Annual report on the working of the mental hospitals in the Madras Presidency - 1912-1932
Year: 1912
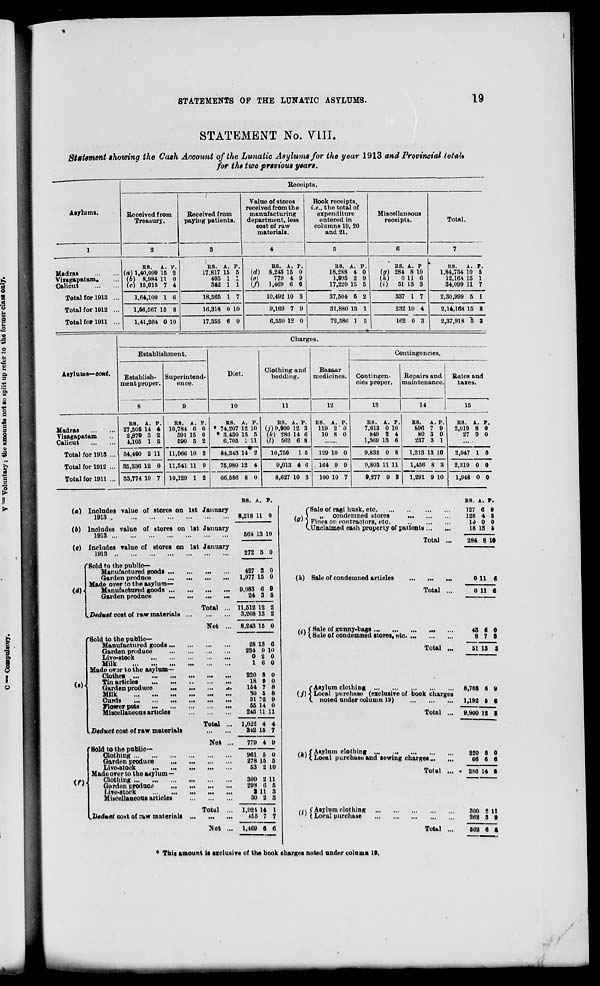
STATEMENTS OP THE LUNATIC ASYLUMS.
19
STATEMENT No. 7111.
Statement showing the Cash Account of the Lunatic Asylums for the year 1913 and Provincial iota 1 , *
for the two previous years.
Receipts.
Asylums.
Received from
Treasury.
Received from
paying patients.
Value of stores
received from the
manufacturing
department, less
cost of raw
materials.
4
Book receipts,
i.e., the total of
expenditure
entered in
columns 19, 20
and 21.
Miscellaneous
receipts.
Total.
1
2
3
5
6
7
Madras
Viiagapatam.
Calicut
H8. A. V.
(a) 1,40,099 15 2
(6) 8,984 11 0
(c) 15,015 7 4
RS. A. P.
17,817 15 5
405 1 1
342 1 1
RS. A. P.
(rf) 8,243 15 0
(o)
779 4 9
(/) 1,469 6 6
R8. A. P.
18,288 4 0
1,995 2 9
17,220 15 5
RS. A. P
(g) 284 8 10
(h)
0 11 6
(i)
51 18 3
its. A. r.
1,84,734 10 5
12,164 15 1
34,099 11 7
Total for 1918 ...
1,64,100 1 6
18,565 1 7
10,492 10 3
37,504 6 2
337 I 7
2,30,999 5 1
Total for 1912 ...
1,56,567 15 8
16,318 0 10
9,169 7 9
31,880 13 1
232 10 4
2,14,168 15 8
Total for 1911 ...
1,41,264 0 10
17,355 6 9
6,550 12 0
72,586 1 5
162 0 3
2,37,918 5 3
Charges.
Establishment.
Diet.
Clothing and
bedding.
Bazaar
medicines.
Contingencies.
Asylums— eont.
Establish-
ment proper.
Superintend-
ence.
Contingen-
cies proper.
Repairs and
maintenance.
Rates and
taxes.
9
10
11
12
13
14
15
Madras
Vizagapatam
Calicut
R8. A. P.
27,505 14 4
2,879 3 2
4,105 1 5
RS. A. P.
10,784 6 0
591 15 0
590 5 2
R8. A. P.
♦ 74,207 12 10
• 8,430 15 5
6,705 1 11
U) 9,900 12 3
(k) 286 14 6
(2) 562 6 8
RS. A. P.
119 2 0
10 8 0
R8. A. P.
7,613 0 10
849 2 4
1,369 13 6
RS. A. P.
896 7 9
80 3 0
237 8 1
RS. A. r.
2,019 8 0
27 9 0
Total for 1913 ... 34,490 2 11 11,966 10 2
84,343 14 2
10,750 1 5
129 10 0
9,832 0 8
1,213 13 10
2,047 1 0
Total for 1912 ... 35,336 12 0 11,341 11 9
75,980 12 4
9,013 4 6
104 0 9
9,803 11 11
1,456 8 8
2,319 0 0
Total for 1911 ... 33,774 10 7 10,129 1 2
66,586 8 0
8,627 10 3
100 10 7
9,277 9 3
1,291 9 10
1,948 0 0
RS. A. P.
(a) Includes value of storos on 1st January
1913
...
...
... 8,218 11 0
(6) Includes value of stores on 1st January
1913
Includes value of stores on 1st January
564 13 10
(e)
1913
...
...
...
272 8 0
'Sold to the public-
Manufactured good! ...
...
427 5 0
Garden produce
...
...
...
1,977 15 0
Made over to the asylum-
id) I
Manufactured goods ...
...
...
...
9,083 6 9
Garden produce
...
^Deduct cost of raw materials
Total
24 3 6
i
11,512 12 2
i
Net
3,268 13 2
8,243 15 0
r Sold to the public-
Manufactured goods...
28 13 6
Garden produce
234 9 10
Live-stock
0 2 0
Milk
...
10 0
Made ov3r to the asylum—
Clothei
...
...
...
220 8 0
(•)•
Tin articles
18 9 0
Garden produce
...
...
•i.
154 7 8
Milk
...
...
...
SO 5 8
Curds
...
...
...
31 ?2 0
Flowerpots
...
55 14 0
Miscellaneous articles
Total
245 U 11
1,022 4 4
I Deduct cost of raw materials
Net
242 15 7
779 4 9
fSold to the public—
Olothing
061 5 0
Garden produce
...
...
278 15 5
Live-stock
...
...
53 2 10
Made over to the asylum —
<r>- Clothing
...
800 2 11
Garden produce
...
298 (1 6
1 live-stock
2 11 3
Miscellaneous articles
Total
...
30 2 3
1,921 14 1
KJUtduat cost of raw materials ...
Net
...
165 7 7
1,169 0 6
{Sale of ragi husk, etc
„ condemned stores
...
Fines on contractors, etc.
Unclaimed cash property of patients
Total
(ft) Sale of condemned articles
Total
/ -j < Sale of gunny-bags
v ' (. Sale of condemned stores, etc
Total
( Asylum olothing
< Local purchase
C noted under column 19)
(k\ f Asylum clothing ...
* ' l Local purchase and sewing charges _.
Total
/,» f Asylum clothing
v ' l Local purchase
Total ...
RS. A. r.
127 6 0
128 4 8
10 0 0
18 13 5
284 8 1*
one
one
43 8 0
8 7 3
51 13 S
(i)-J Local purchase (exclusive of book charges
Total ... 9,900 12 S
8,703 6 9
1,192 5 «
220 8 0
66 6 6
• 2SS 14 •
300 - 11
262 3 tt
662 6 t
* This amount is exclusive of the book charges noted under colama 19.